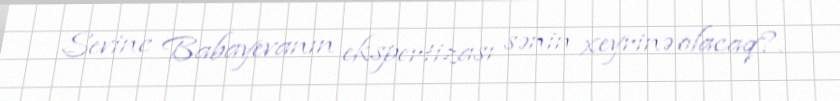
Sevinc Babayevanın ekspertizası sənin xeyrinə olacaq?.